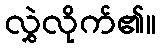
လွှဲလိုက်၏။